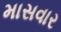
માસવાર